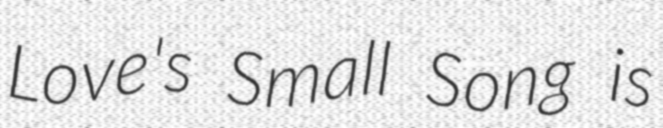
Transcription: Love's Small Song is